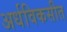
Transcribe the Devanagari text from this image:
अर्धविकसीत